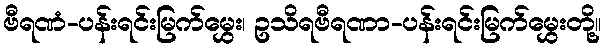
ဗီရဏံ-ပန်းရင်းမြက်မွှေး၊ ဥသိရဗီရဏာ-ပန်းရင်းမြက်မွှေးတို့။